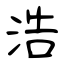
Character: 浩